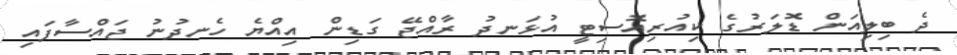
ދެ ބިލިއަން ޑޮލަރުގެ ކިއުރިއޮސިޓީ އުޅަނދު ރާއްޖޭ ގަޑިން އިއްޔެ ހެނދުނު ޖައްސާފައި